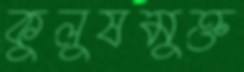
কুলুষমুক্ত